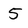
Character: 5